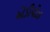
એડીપોઝ